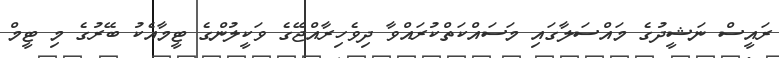
ރައީސް ނަޝީދުގެ މައްސަލާގައި މަސައްކަތްކުރައްވާ ދިވެހިރާއްޖޭގެ ވަކީލުންގެ ޓީމާއެކު ބޭރުގެ މި ޓީމް